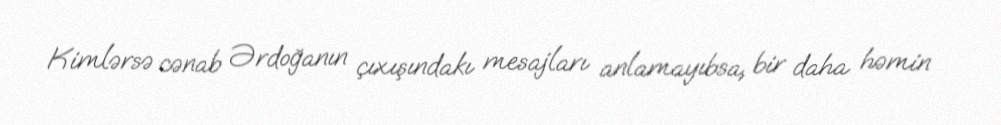
Kimlərsə cənab Ərdoğanın çıxışındakı mesajları anlamayıbsa, bir daha həmin